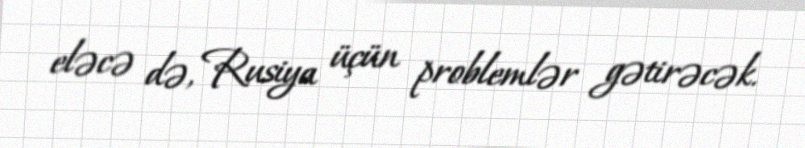
eləcə də, Rusiya üçün problemlər gətirəcək.